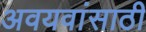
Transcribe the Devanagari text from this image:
अवयवांसाठी